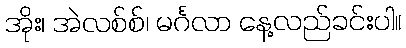
အိုး၊ အဲလစ်စ်၊ မင်္ဂလာ နေ့လည်ခင်းပါ။